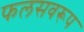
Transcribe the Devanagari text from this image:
फलसवरूप